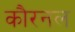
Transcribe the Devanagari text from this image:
कौरनल